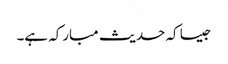
جیسا کہ حدیث مبارکہ ہے۔